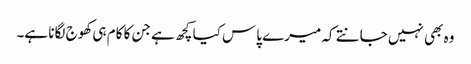
وہ بھی نہیں جانتے کہ میرے پاس کیا کچھ ہے جن کا کام ہی کھوج لگانا ہے۔